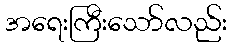
အရေးကြီးသော်လည်း